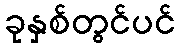
ခုနှစ်တွင်ပင်